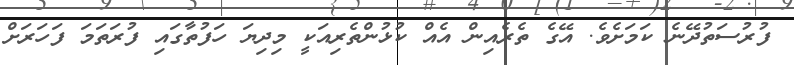
ފުރުސަތުދޭނެ ކަމަށެވެ. އޭގެ ތެރެއިން އެއް ކުޅުންތެރިއަކީ މިދިޔަ ހަފުތާގައި ފުރަތަމަ ފަހަރަށް